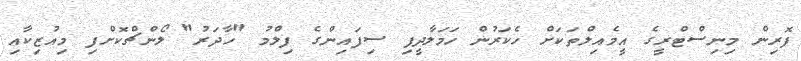
ފޮރިން މިނިސްޓްރީގެ އީމެއިލްތަކަށް ހެކަރުން ހަމަލާދީފި ސިފައިންގެ ފިލްމު "ހާދަރު" ލޯންޗްކޮށްފި މިއުޒިކާއި